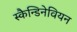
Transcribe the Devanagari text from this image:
स्कैन्डिनेवियन